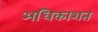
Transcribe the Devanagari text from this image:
अधिकाशत